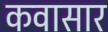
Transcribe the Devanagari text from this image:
कवासार